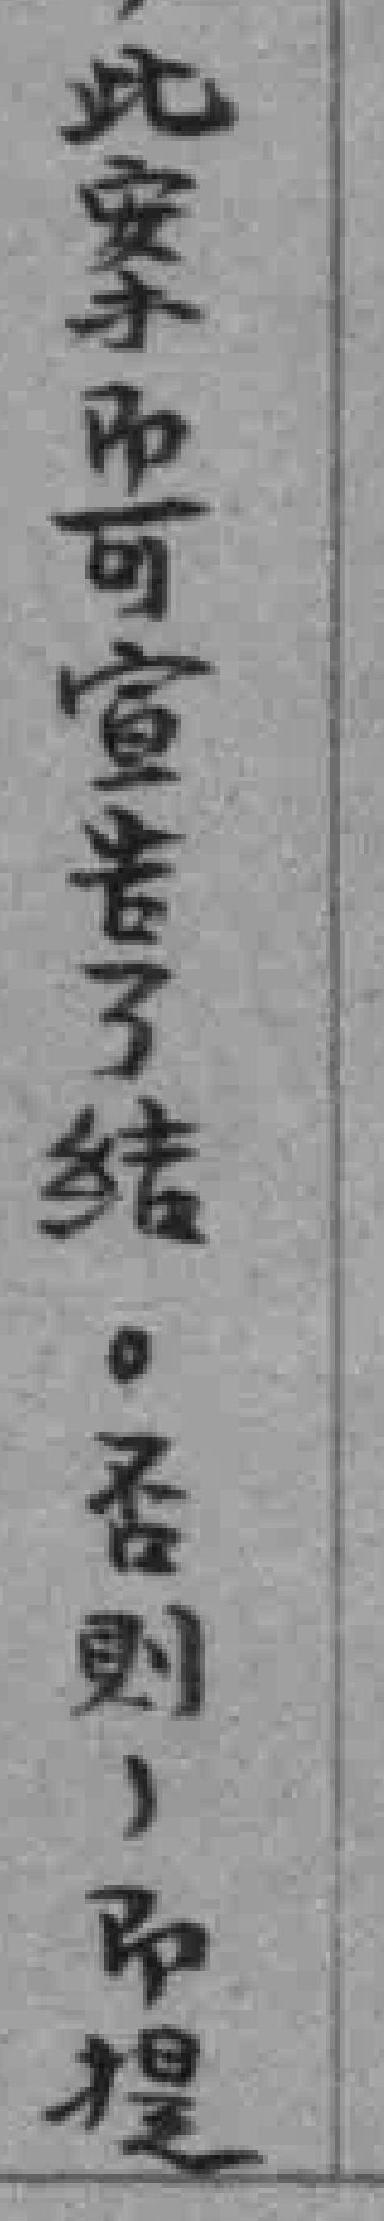
此案而可宣告了结。否则，即提